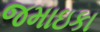
જમાઇકા